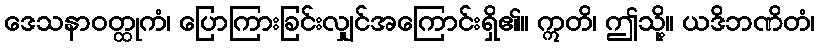
ဒေသနာဝတ္ထုကံ၊ ပြောကြားခြင်းလျှင်အကြောင်းရှိ၏။ ဣတိ၊ ဤသို့။ ယဒိဘဏိတံ၊